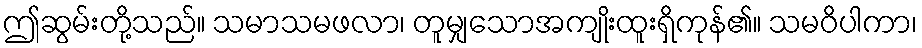
ဤဆွမ်းတို့သည်။ သမာသမဖလာ၊ တူမျှသောအကျိုးထူးရှိကုန်၏။ သမဝိပါကာ၊